Paatsalu_vallavalitsus, lk 3
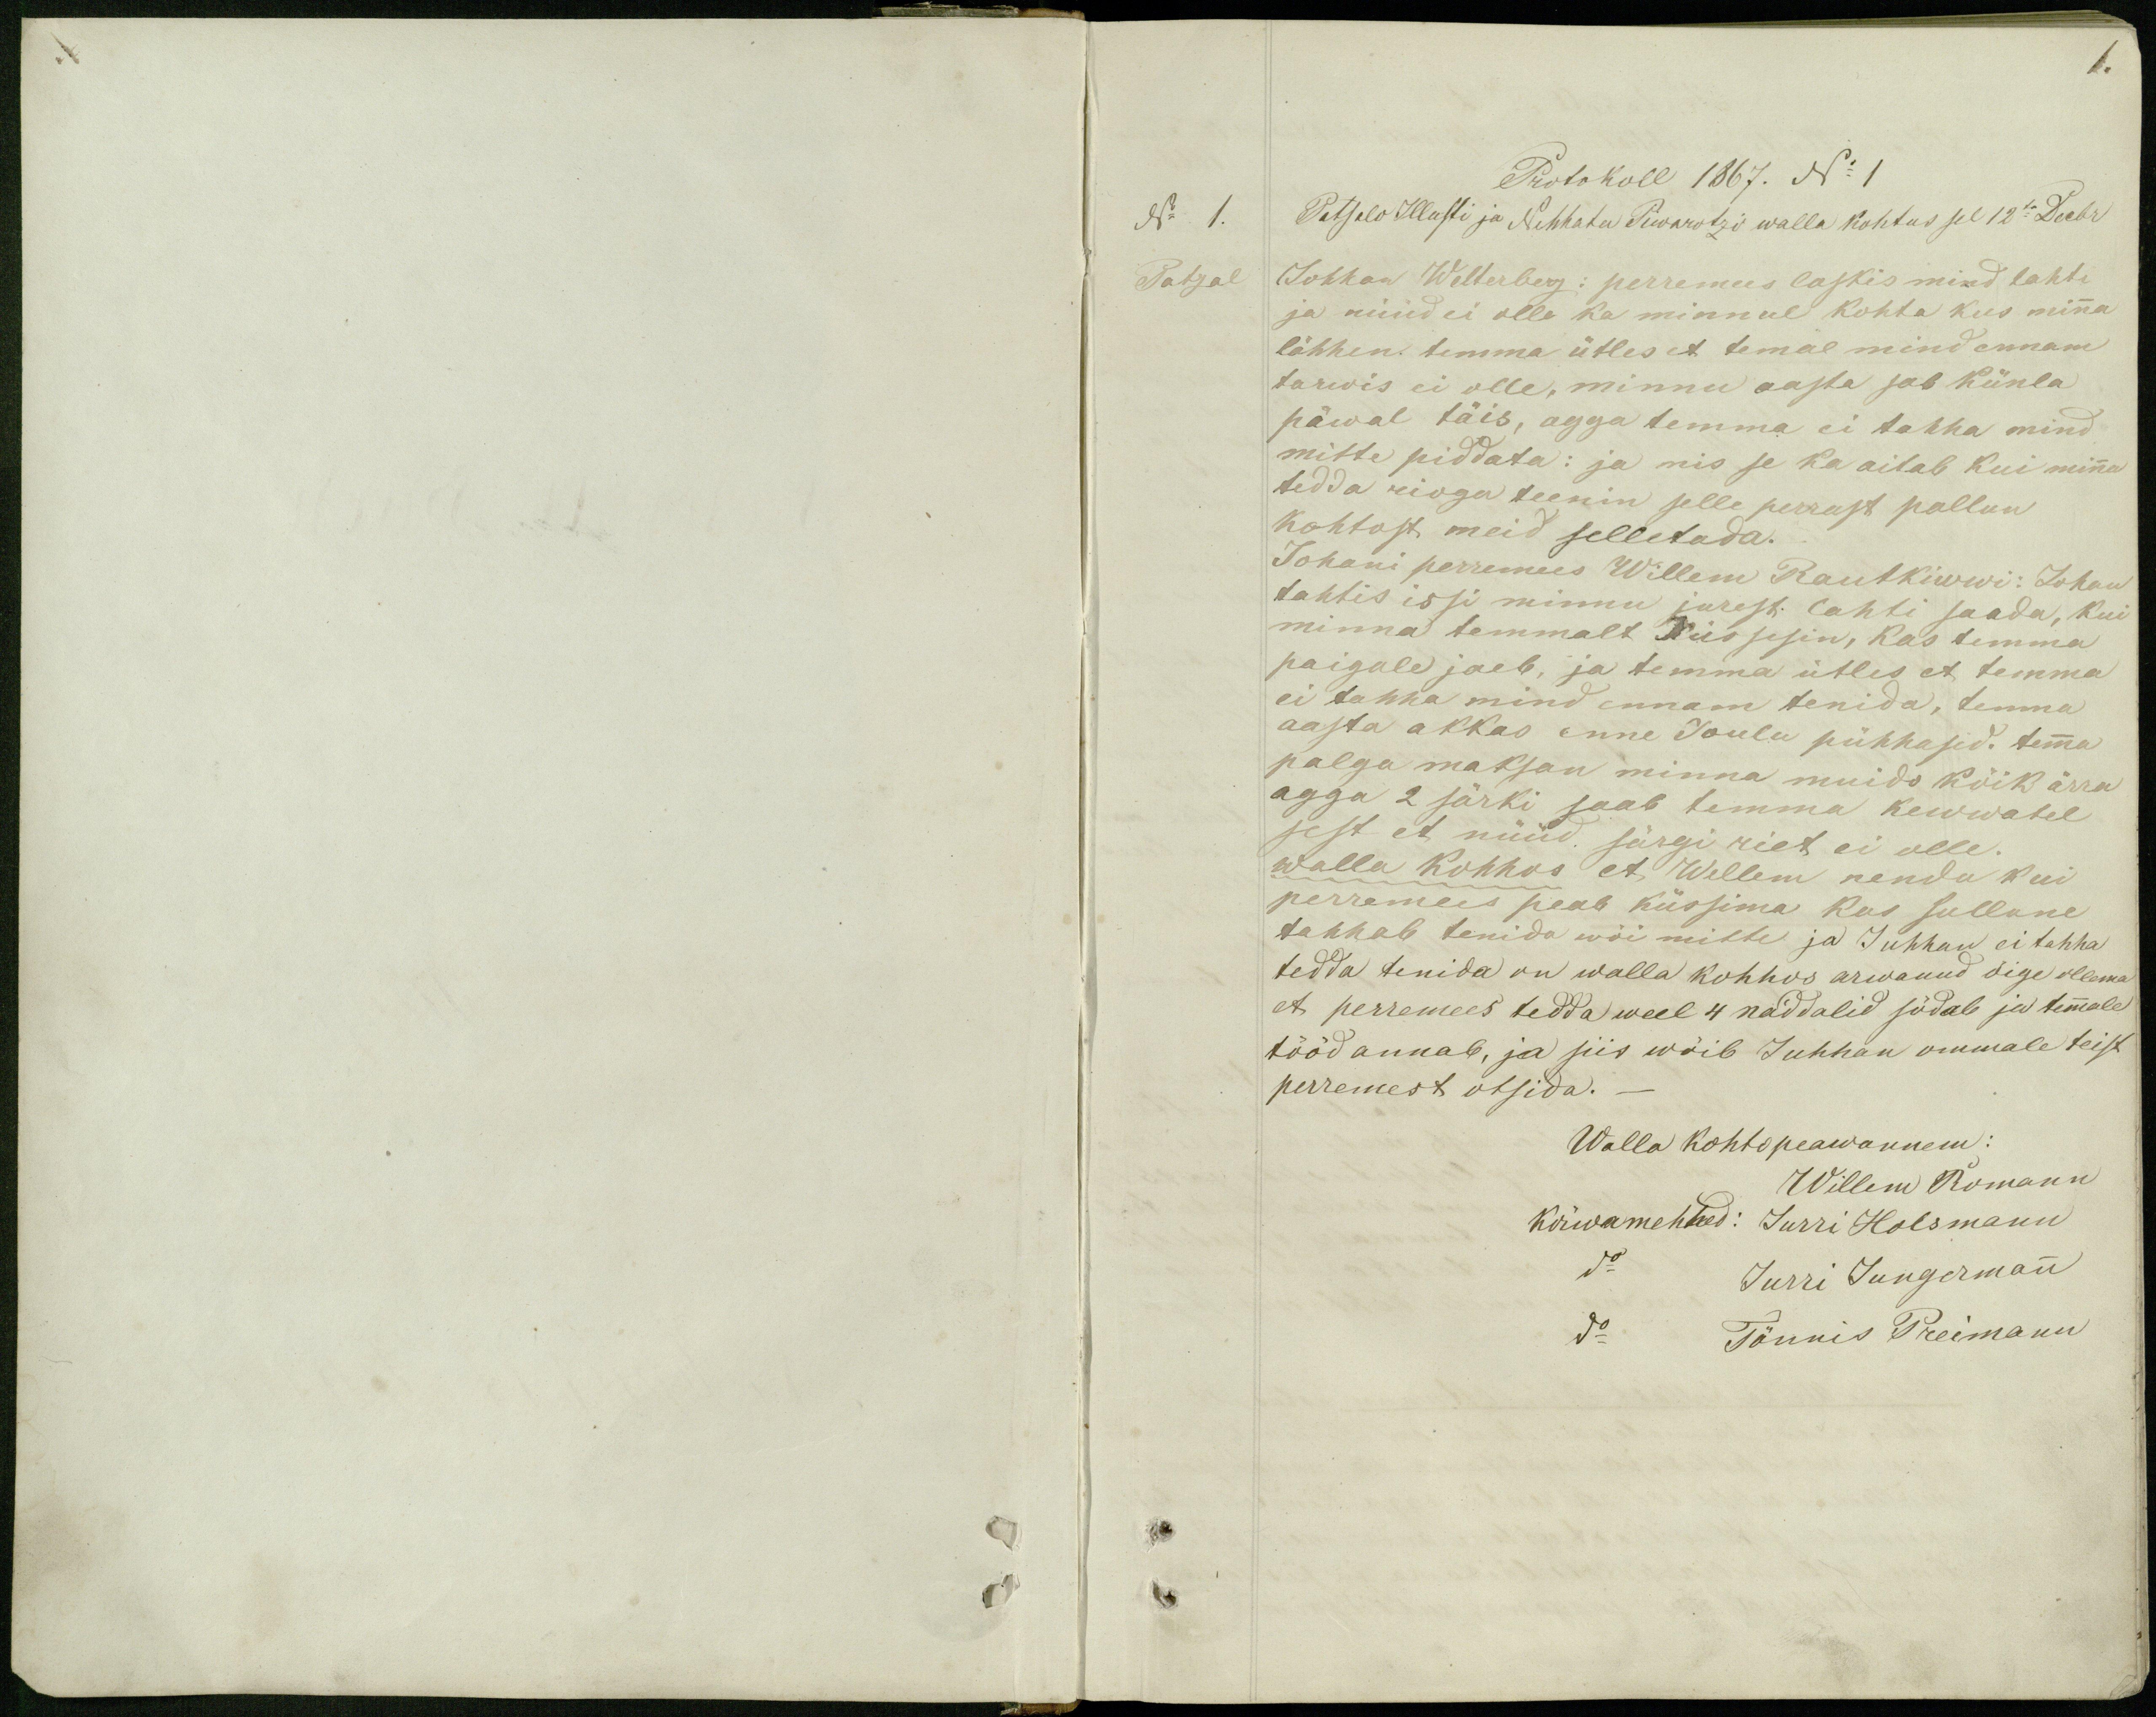
1.

Protokoll 1867. No 1
No 1.
Patsalo Illusti ja Nehhatu Piwarotzi walla kohtus sel 12te Decbr
Patzal
Johhan Welterberg: perremees laskis mind lahti
ja nüüd ei olle ka minnul kohta kus minna
lähhen temma ütles et temal mind ennam
tarwis ei olle, minnu aasta sab künla
päwal täis, agga temma ei tahha mind
mitte piddata: ja mis se ka aitab kui minna
tedda rioga teenin selle perrast pallun
kohtost meid selletada.
Johani perremees Willem Rautkiwwi: Johan
tahtis issi minnu jurest lahti saada, kui
minna temmalt küssesin, kas temma
paigale jaeb, ja temma ütles et temma
ei tahha mind ennam tenida, temma
aasta akkas enne Joulu pühhasid. temma
palga maksan minna muido kõik ärra
agga 2 särki saab temma kewwatel
sest et nüüd särgi riet ei olle.
walla kohhos et Wellem nenda kui
perremees peab küssima kas sullane
tahhab tenida wõi mitte ja Juhhan ei tahha
tedda tenida on walla kohhos arwanud õige ollema
et perremees tedda weel 4 näddalid södab ja temmale
tööd annab, ja siis wõib Juhhan ommale teist
perremest otsida.
Walla kohtopeawannem:
Willem Romann
Kõrwamehhed: Jurri Holsmann
do Jurri Jungermann
do Tönnis Preimann